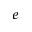
e